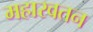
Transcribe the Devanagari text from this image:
महारवतन